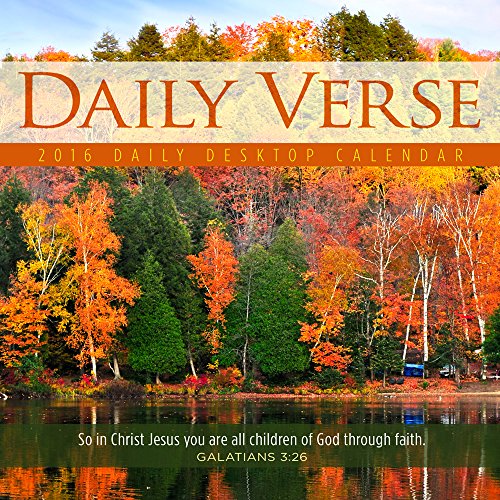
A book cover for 2016 Daily Verse Daily Desktop Calendar; TF Publishing; Calendars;